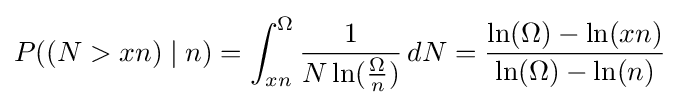
P((N>xn)\mid n)=\int _{xn}^{\Omega }{\frac {1}{N\ln({\frac {\Omega }{n}})}}\,dN={\frac {\ln(\Omega )-\ln(xn)}{\ln(\Omega )-\ln(n)}}